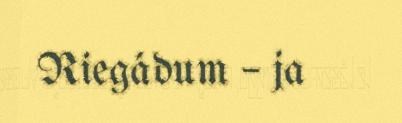
Riegádum – ja